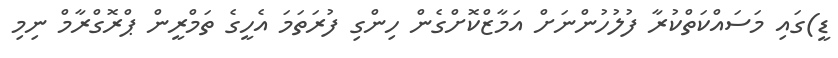
ޑީ)ގައި މަސައްކަތްކުރާ ފުލުހުންނަށް އަމާޒްކޮށްގެން ހިންގި ފުރަތަމަ އެހީގެ ތަމްރީން ޕްރޮގްރާމް ނިމި